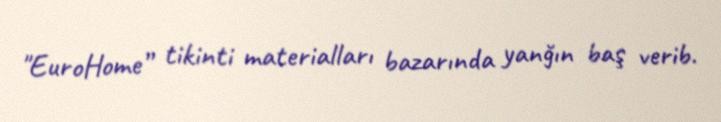
"EuroHome” tikinti materialları bazarında yanğın baş verib.